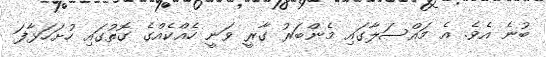
ބުނެ އެވެ. އެ މައްސަލާގައި މެންބަރު ގާރީ ވަނީ ހެއްކެއްގެ ގޮތުގައި ހުށަހަޅާފަ